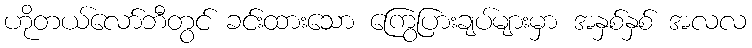
ဟိုတယ်လော်ဘီတွင် ခင်းထားသော ကြွေပြားချပ်များမှာ အနှစ်နှစ် အလလ